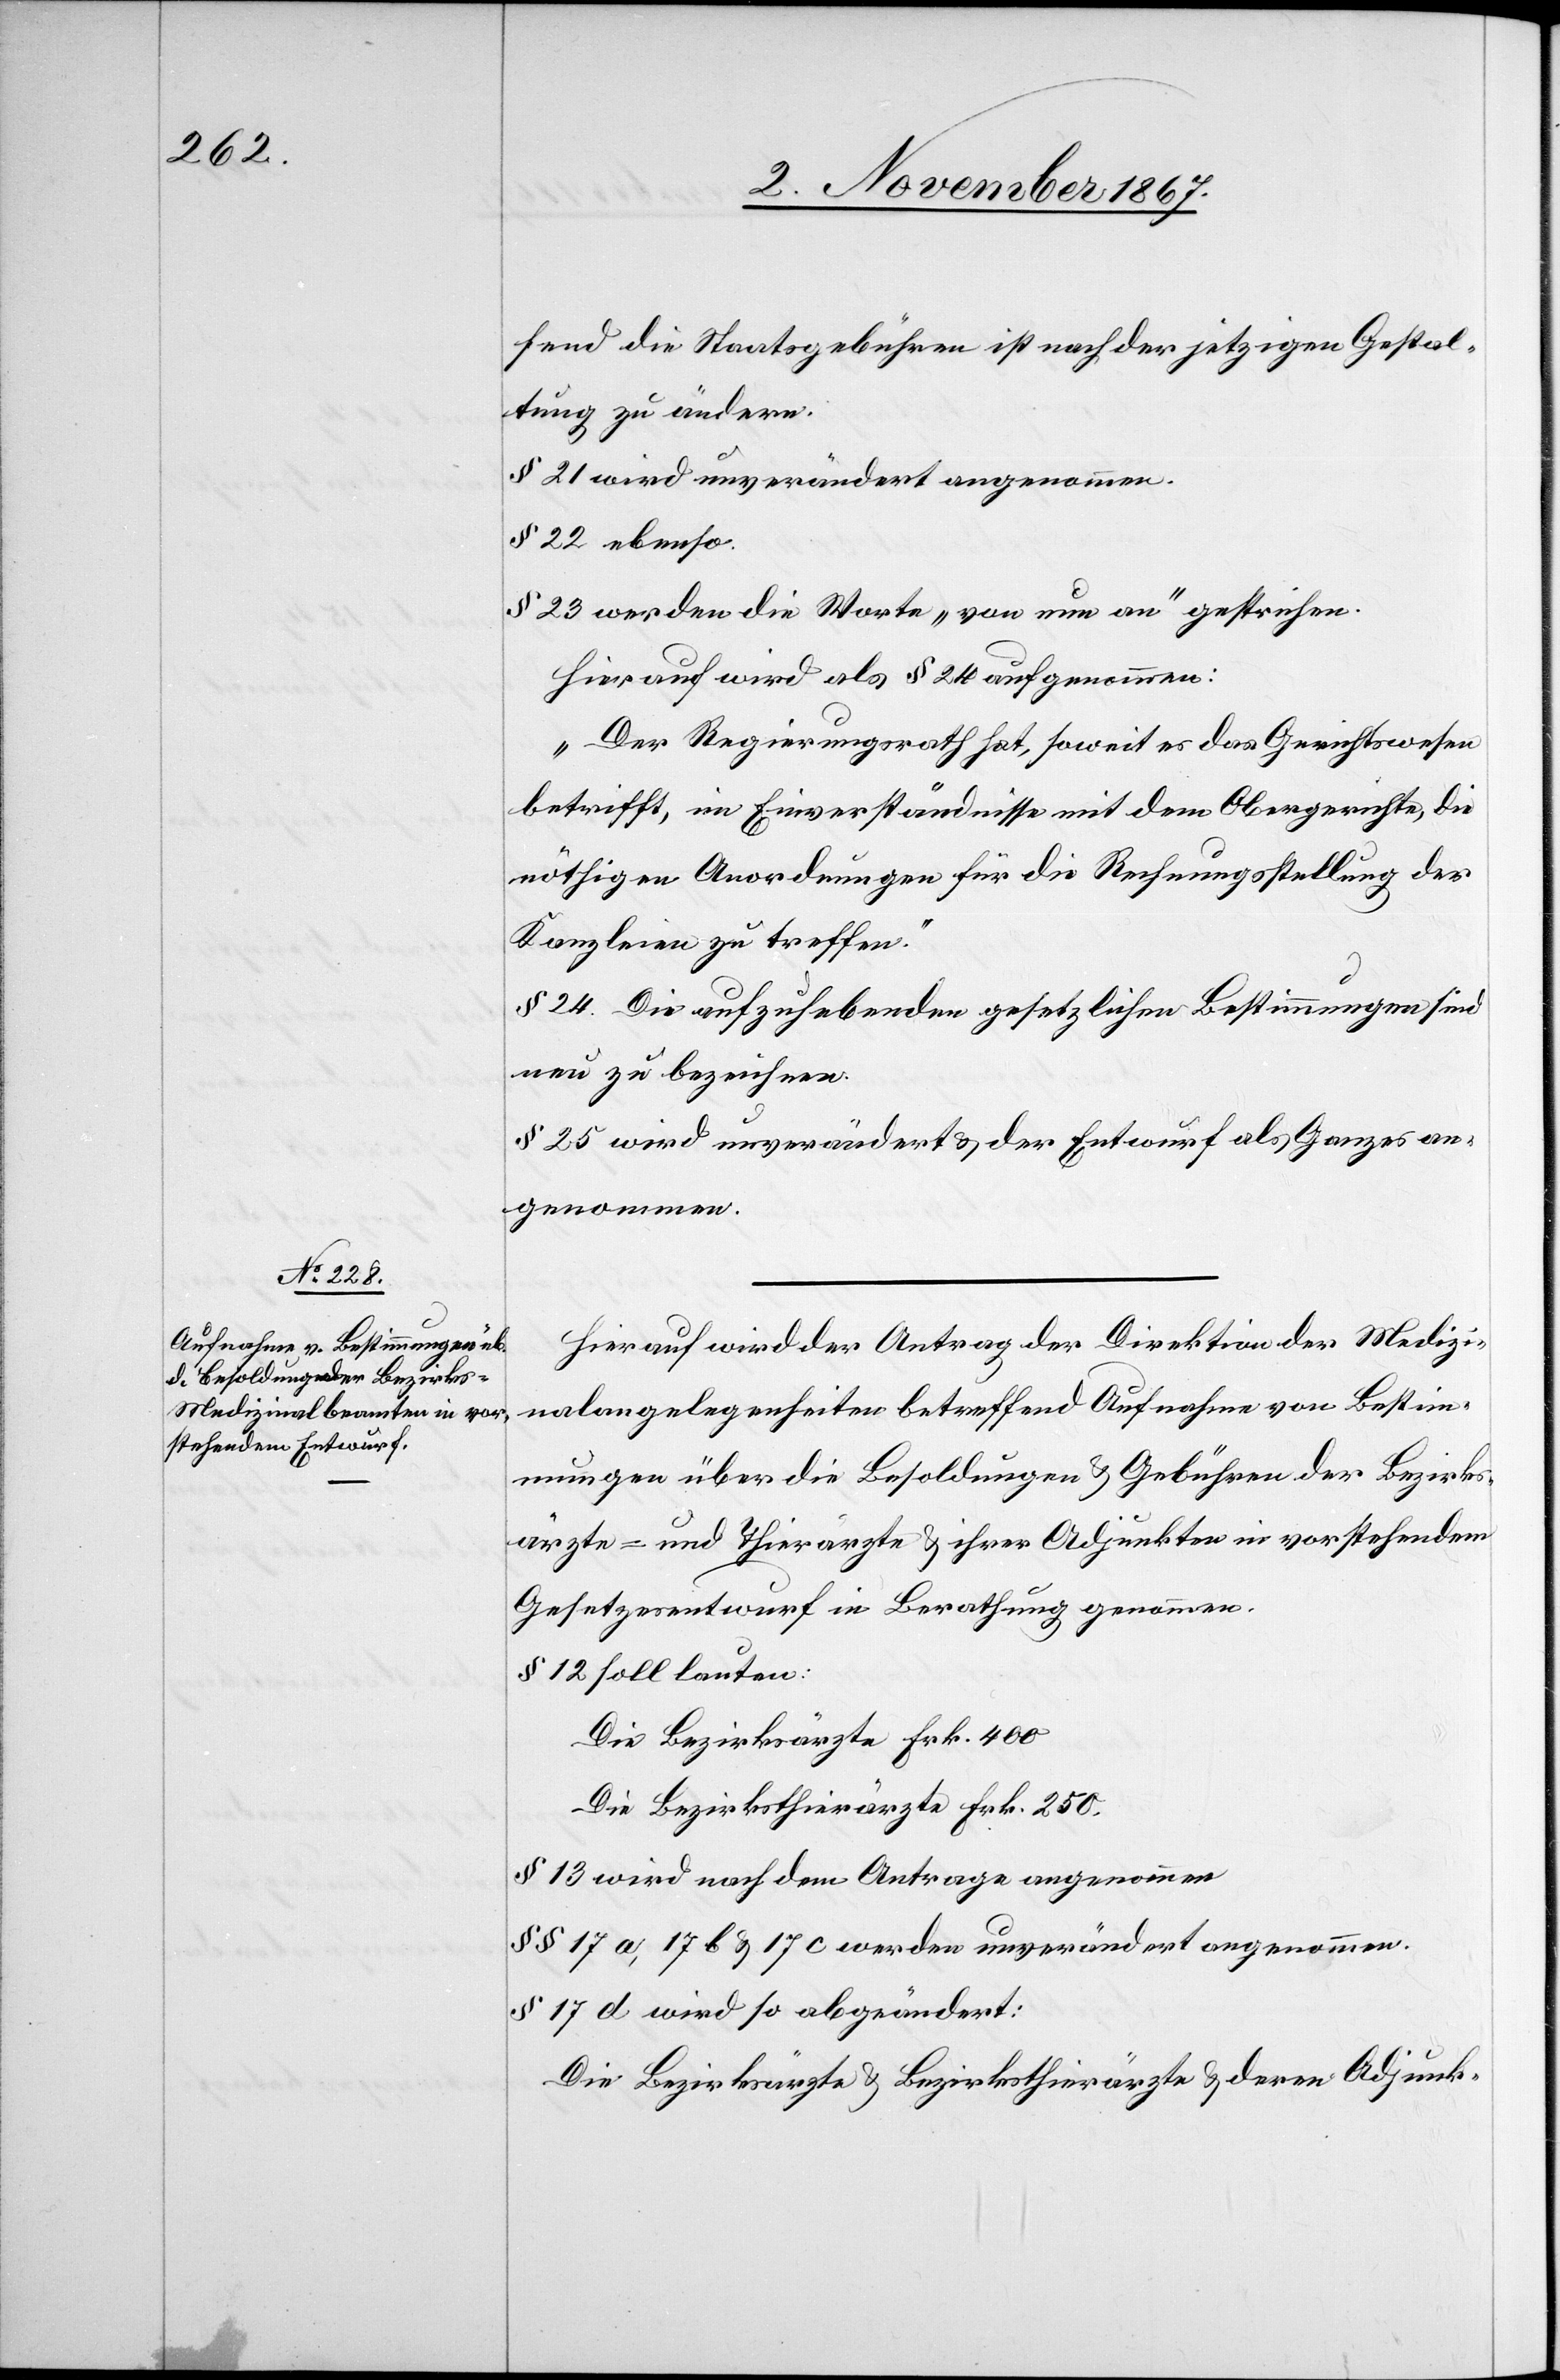
fend die Staatsgebühren ist nach der jetzigen Gestal¬
tung zu ändern.
§ 21 wird unverändert angenommen.
§ 22 ebenso.
§ 23 werden die Worte „von nun an“ gestrichen.
Hierauf wird als § 24 aufgenommen:
„Der Regierungsrath hat, soweit es das Gerichtswesen
betrifft, im Einverständnisse mit dem Obergerichte, die
nöthigen Anordnungen für die Rechnungsstellung der
Kanzleien zu treffen.“
§ 24. Die aufzuhebenden gesetzlichen Bestimmungen sind
neu zu bezeichnen.
§ 25 wird unverändert u. der Entwurf als Ganzes an¬
genommen.
Hierauf wird der Antrag der Direktion der Medizi¬
nalangelegenheiten betreffend Aufnahme von Bestim¬
mungen über die Besoldungen u. Gebühren der Bezirks¬
ärzte- und Thierärzte u. ihrer Adjunkten in vorstehendem
Gesetzesentwurf in Berathung genommen.
§ 12 soll lauten:
Die Bezirksärzte Frk. 400
Die Bezirksthierärzte Frk. 250
§ 13 wird nach dem Antrage angenommen.
§ § 17 a, 17 b u. 17 c werden unverändert angenommen.
§ 17 d wird so abgeändert:
Die Bezirksärzte u. Bezirksthierärzte u. deren Adjunkt-